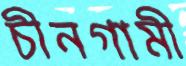
চীনগামী